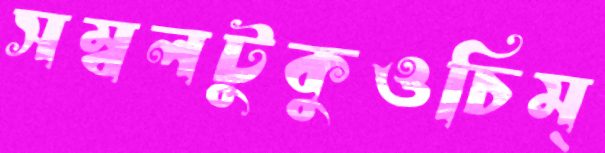
সম্বলটুকুওচিম্‌